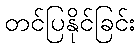
တင်ပြနိုင်ခြင်း